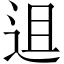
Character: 䢐